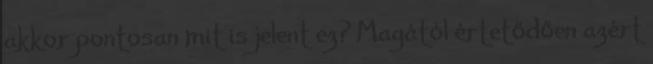
akkor pontosan mit is jelent ez? Magától értetődően azért